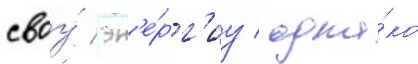
своу́ эн'е́рг'иу / одна́ко